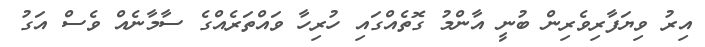
އިރު ވިޔަފާރިވެރިން ބުނީ އާންމު ގޮތެއްގައި ހުރިހާ ވައްތަރެއްގެ ސާމާނެއް ވެސް އަގު